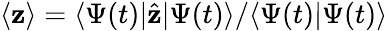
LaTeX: \langle\mathbf{z}\rangle=\langle\Psi(t)\vert\hat{{\mathbf{z}}}\vert\Psi(t)\rangle/\langle\Psi(t)\vert\Psi(t)\rangle